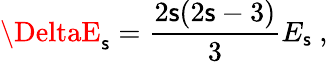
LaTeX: \DeltaE_{\mathsf{s}}=\frac{{2\mathsf{s}(2\mathsf{s}-3)}}{{3}}E_{\mathsf{s}}\ ,